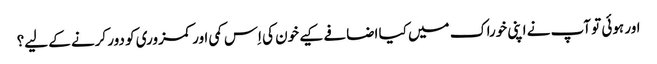
اور ہوئی تو آپ نے اپنی خوراک میں کیا اضافے کیے خون کی اِس کمی اور کمزوری کو دور کرنے کے لیے؟